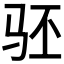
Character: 𬳵